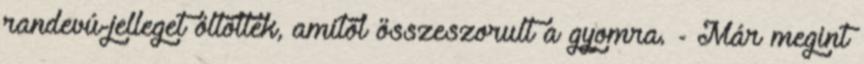
randevú-jelleget öltöttek, amitől összeszorult a gyomra. - Már megint